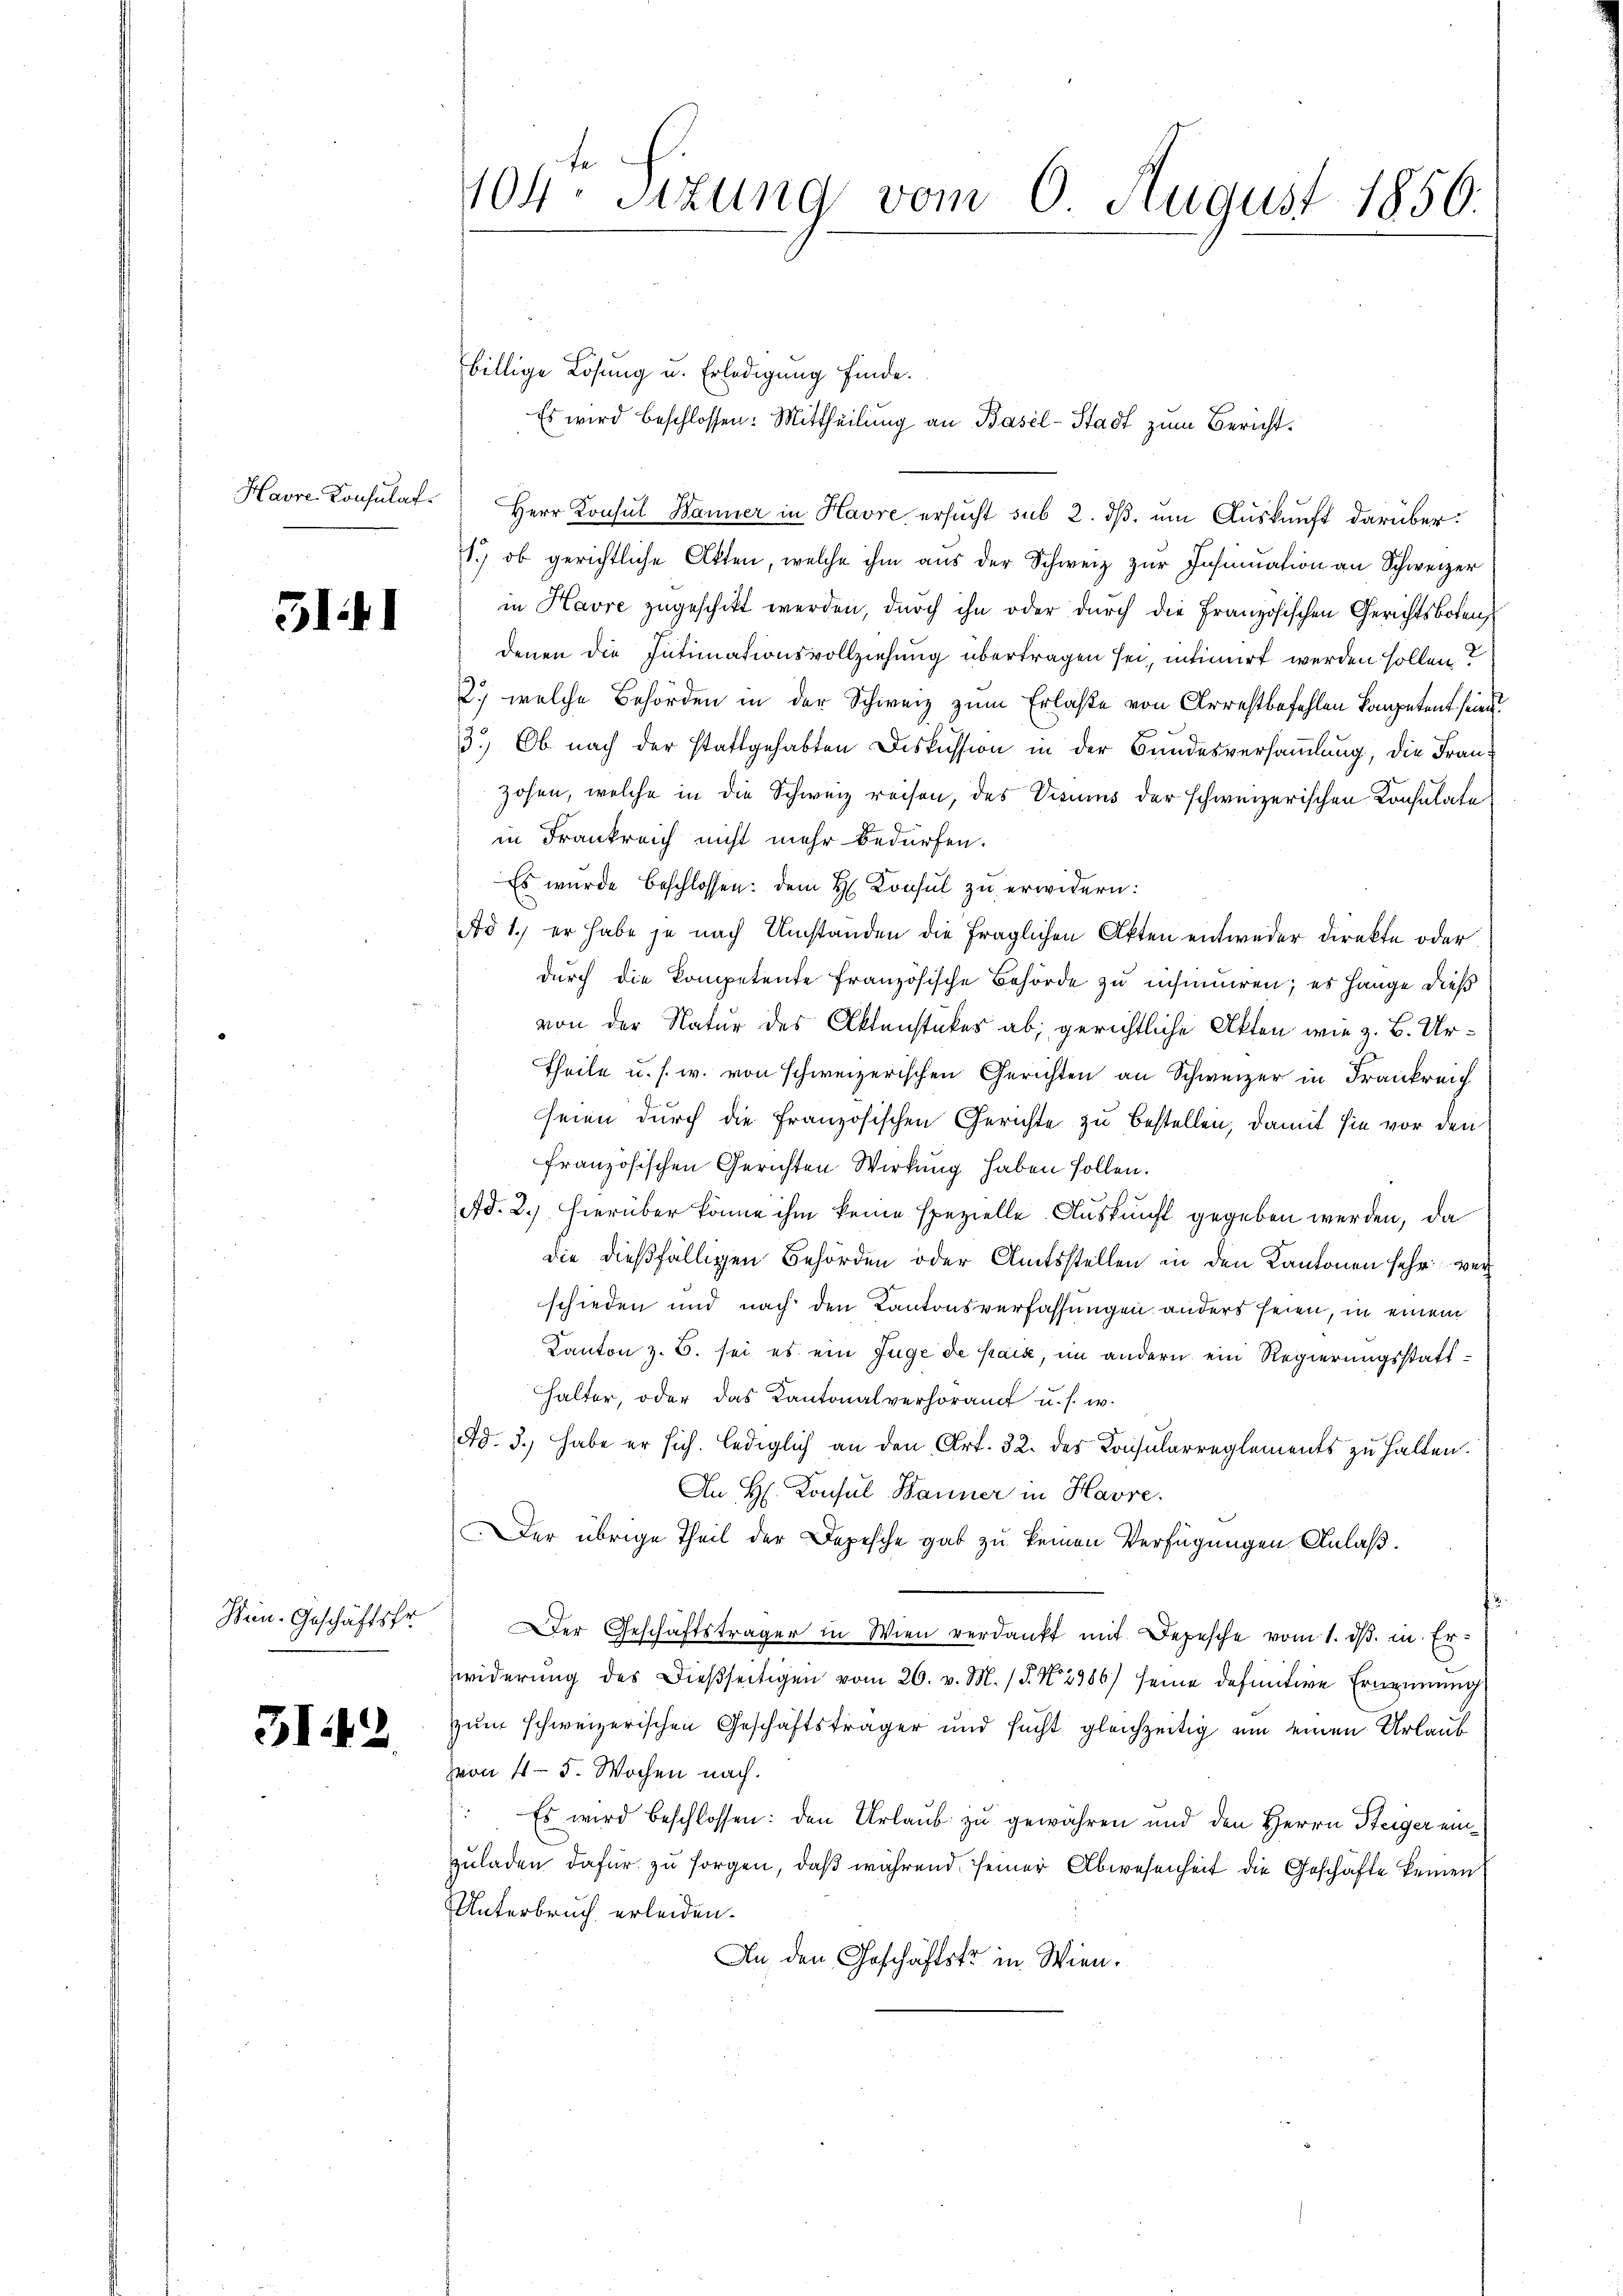
Havre Konsulat

311

Hrn. Geschäftsfr.

312

104. Sitzung vom 6 August 1856.

billige Lösung u. Erledigung finde.
Es wird beschlossen: Mittheilung an Basel-Stadt zum Bericht.
Herr Konsul Banner in Havre ersucht sub 2. dβ. um Auskunft darüber:
1.) ob gerichtliche Akten, welche ihm aŭs der Schweiz zur Insinuation an Schweizer
in Havre zugeschikt werden, durch ihn oder durch die Französischen Gerichtsboten,
denen die Intimationsvollziehung übertragen sei, intimirt werden sollen?
2., welche Behörden in der Schweiz zum Erlaße von Arrestbefehlen Competent seine
3.) Ob nach der stattgehabten Diskussion in der Bundesversammlung, die Franzohen, welche in die Schweiz reisen, des Visums der schweizerischen Konsulate
in Frankreich nicht mehr bedürfen.
Es wurde beschlossen: dem H. Konsul zu erwidern:
Ad 1., er habe je nach Umstanden die fraglichen Akten entweder Direkte oder
durch die Kompetente französische Behörde zu insuniren; es hange dieß
von der Natur des Aktenstückes ab, gerichtliche Akten wie z. B. Ur¬
Theile u. s. w. von schweizerischen Gerichten an Schweizer in Frankreich
seien durch die französischen Gerichte zu bestellen, damit sie vor den
französischen Gerichten Wirkung haben sollen.
Ad. 2.) Hierüber könne ihm keine spezielle Auskunft gegeben werden, da
die dießfälligen Behörden oder Amtsstellen in den Kantonen sehr wer
schieden und nach den Kantonsverfassungen anders seien, in einem
Kanton z. B. sei es ein Juge de paix, im andern ein Regierungsstatt¬
Halter, oder das Kantonalverhöramt u. s. w.
Ad. 3., habe er sich. lediglich an den Art. 32. des Konsularreglements zu halten.
An H. Konsul Banner in Havre.
Der übrige Theil der Depesche gab zu keinen Verfügungen Anlaß.
Der Geschäftsträger in Wien verdankt mit Depesche vom 1. ds. in Erwiderung des Dießseitigen vom 26. v. M. / 5. No. 2386) seine definitive Ernennung
zum schweizerischen Geschäftsträger und sucht gleichzeitig um einen Urlaub
von 4 - 5. Wochen nach.
) Es wird beschlossen: den Urlaub zu gewähren und den Herrn Steiger einzuladen dafür zu sorgen, daß während seiner Abwesenheit die Geschäfte keinen
Unterbruch erleiden.
An den Geschäftstr in Wien.